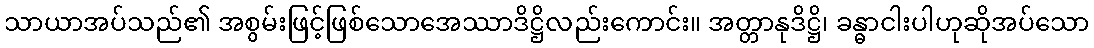
သာယာအပ်သည်၏ အစွမ်းဖြင့်ဖြစ်သောအေဿာဒိဋ္ဌိလည်းကောင်း။ အတ္တာနုဒိဋ္ဌိ၊ ခန္ဓာငါးပါဟုဆိုအပ်သော